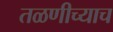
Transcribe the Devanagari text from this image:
तळणीच्याच